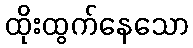
ထိုးထွက်နေသော